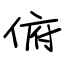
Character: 俯